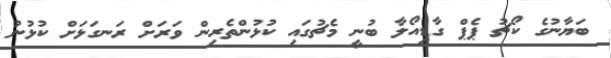
ބަޔާނުގެ ކޯޗު ޕެޕް ގާޑިއޯލާ ބުނީ މެޗުގައި ކުޅުންތެރިން ވަރަށް ރަނގަޅަށް ކުޅުނު